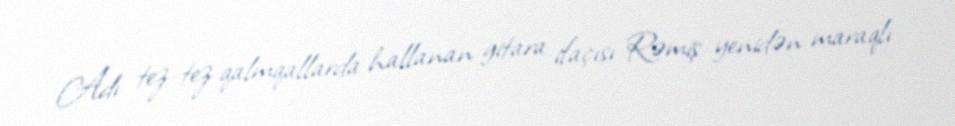
Adı tez-tez qalmqallarda hallanan gitara ifaçısı Rəmiş yenidən maraqlı